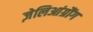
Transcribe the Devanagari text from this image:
ज़ेलिआंग्रौंग